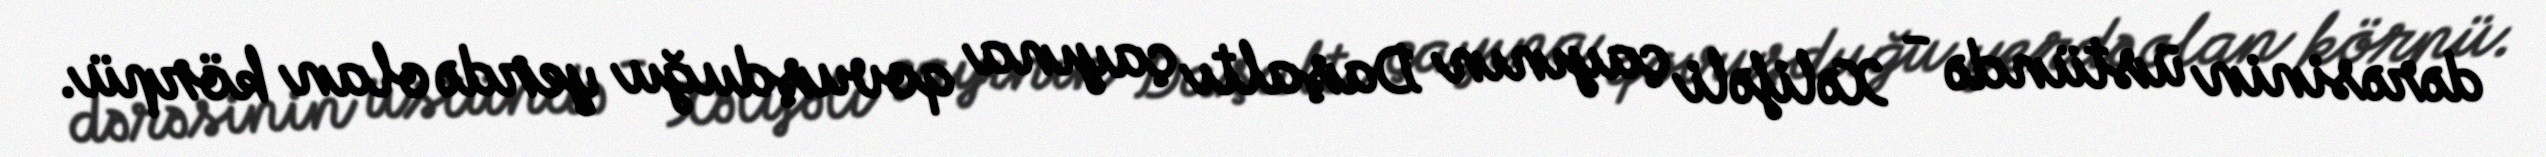
dərəsinin üstündə - Xəlifəli çayının Daşaltı çayına qovuşduğu yerdə olan körpü.